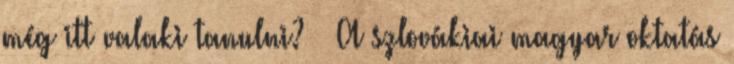
még itt valaki tanulni? – A szlovákiai magyar oktatás